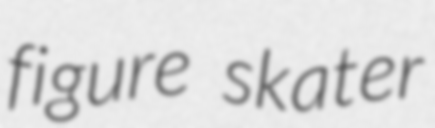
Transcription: figure skater